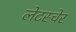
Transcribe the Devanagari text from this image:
लेटस्चेर